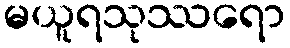
မယူရသုဿရော